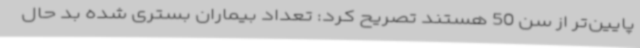
پایین‌تر از سن 50 هستند تصریح کرد: تعداد بیماران بستری شده بد حال